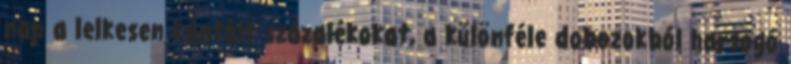
nap a lelkesen kántált százalékokat, a különféle dobozokból harsogó